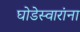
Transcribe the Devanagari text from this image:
घोडेस्वारांना